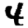
Digit: 4